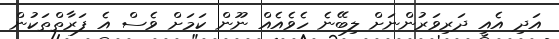
އަދި އެއީ ދަރިވަރުންނަށް ލިބޭނެ ހެވެއެއް ނޫން ކަމަށް ވެސް އެ ފަރާތްތަކުން